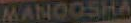
MANOOSHA